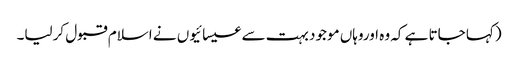
(کہا جاتا ہے کہ وہ اوروہاں موجود بہت سے عیسائیوں نے اسلام قبول کرلیا۔